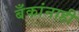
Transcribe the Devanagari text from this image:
बँकांनाही